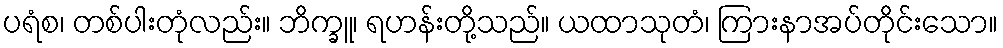
ပရံစ၊ တစ်ပါးတုံလည်း။ ဘိက္ခူ၊ ရဟန်းတို့သည်။ ယထာသုတံ၊ ကြားနာအပ်တိုင်းသော။